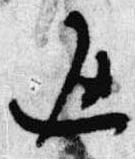
返